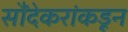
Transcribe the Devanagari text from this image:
सौंदेकरांकडून